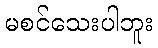
မစင်သေးပါဘူး